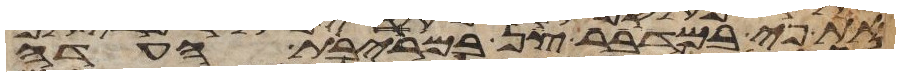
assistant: את פיי במדבר צן במריבת העדה